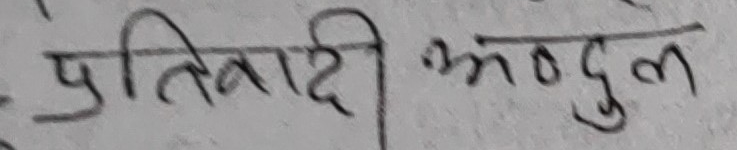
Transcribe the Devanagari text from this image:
प्रतिवादी अब्दुल